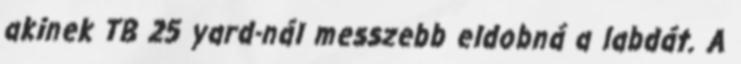
akinek TB 25 yard-nál messzebb eldobná a labdát. A